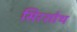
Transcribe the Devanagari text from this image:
सिरशोथ